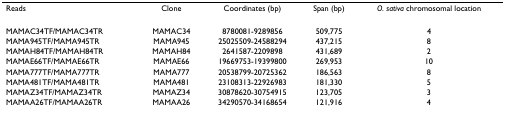
| Reads | Clone | Coordinates (bp) | Span (bp) | O. sativa chromosomal location |
 | --- | --- | --- | --- | --- |
 | MAMAC34TF/MAMAC34TR | MAMAC34 | 8780081-9289856 | 509,775 | 4 |
 | MAMA945TF/MAMA945TR | MAMA945 | 25025509-24588294 | 437,215 | 8 |
 | MAMAH84TF/MAMAH84TR | MAMAH84 | 2641587-2209898 | 431,689 | 2 |
 | MAMAE66TF/MAMAE66TR | MAMAE66 | 19669753-19399800 | 269,953 | 10 |
 | MAMA777TF/MAMA777TR | MAMA777 | 20538799-20725362 | 186,563 | 8 |
 | MAMA481TF/MAMA481TR | MAMA481 | 23108313-22926983 | 181,330 | 5 |
 | MAMAZ34TF/MAMAZ34TR | MAMAZ34 | 30878620-30754915 | 123,705 | 3 |
 | MAMAA26TF/MAMAA26TR | MAMAA26 | 34290570-34168654 | 121,916 | 4 |